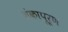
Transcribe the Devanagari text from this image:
शंकापूर्ण